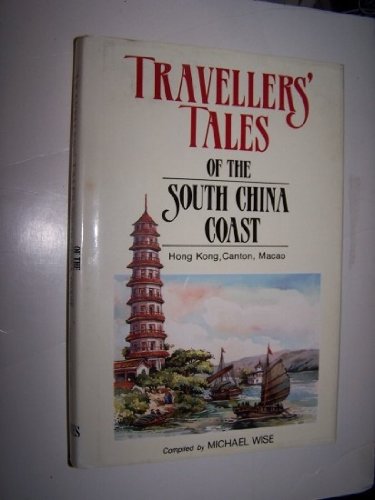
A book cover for Travellers' tales of the South China coast: Hong Kong, Canton, Macao; Travel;